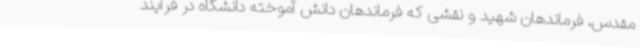
مقدس، فرماندهان شهید و نقشی که فرماندهان دانش آموخته دانشگاه در فرآیند